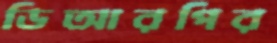
ডিআরপির